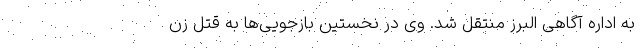
به اداره آگاهی البرز منتقل شد. وی در نخستین بازجویی‌ها به قتل زن